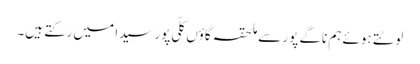
لوٹتے ہوئے ہم ناگے پور سے ملحقہ گاؤں کلّی پور سیدا میں رکتے ہیں۔